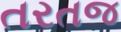
તરતજ